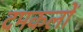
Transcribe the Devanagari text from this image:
दमकलों